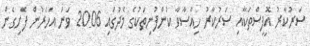
ސަރުކާރު އޮފީސްތަކާއި ސަރުކާރު ހިއްސާވާ ކުންފުނިތަކުގެ މެދުގައި 2006 ވަނަ އަހަރުން ފެށިގެން